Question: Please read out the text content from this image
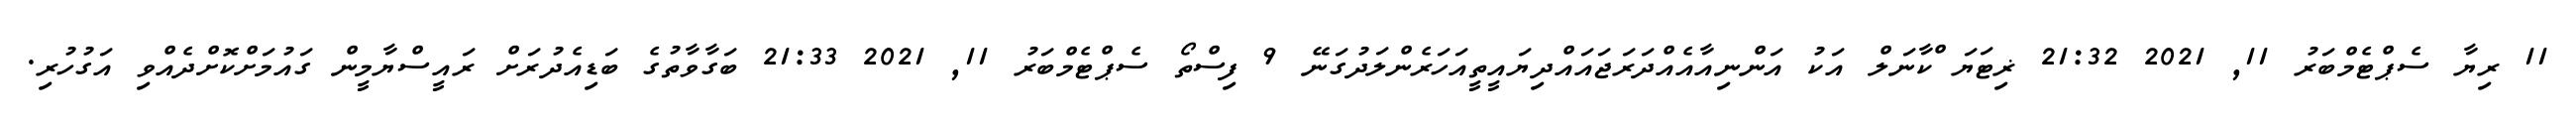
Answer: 11 ރިޔާ ސެޕްޓެމްބަރު 11, 2021 21:32 ޜިޓަޔަޱްކާނަލް އަކު އަންނިއާއެއްދަރަޖައައްދިޔައީތީއަހަރެންލަދުގަނޭ 9 ފިސްތޯ ސެޕްޓެމްބަރު 11, 2021 21:33 ބަގާވާތުގެ ބަޑިއެދުރަށް ރައީސްޔާމީން ގައުމަށްކޮށްދެއްވި އަގުހުރި.